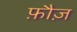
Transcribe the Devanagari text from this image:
फ़ौज़